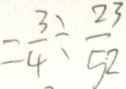
= \frac { 3 } { 4 } \div \frac { 2 3 } { 5 2 }